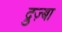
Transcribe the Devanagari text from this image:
द्रुज़्बा